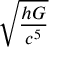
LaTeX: \sqrt { \frac { h G } { c ^ { 5 } } }